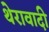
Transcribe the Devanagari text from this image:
थेरावादी